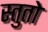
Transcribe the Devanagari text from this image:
स्तुतो